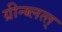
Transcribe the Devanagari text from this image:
ग्रीन्ब्लत्त्